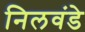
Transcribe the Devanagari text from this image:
निलवंडे